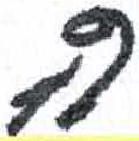
אות: ה